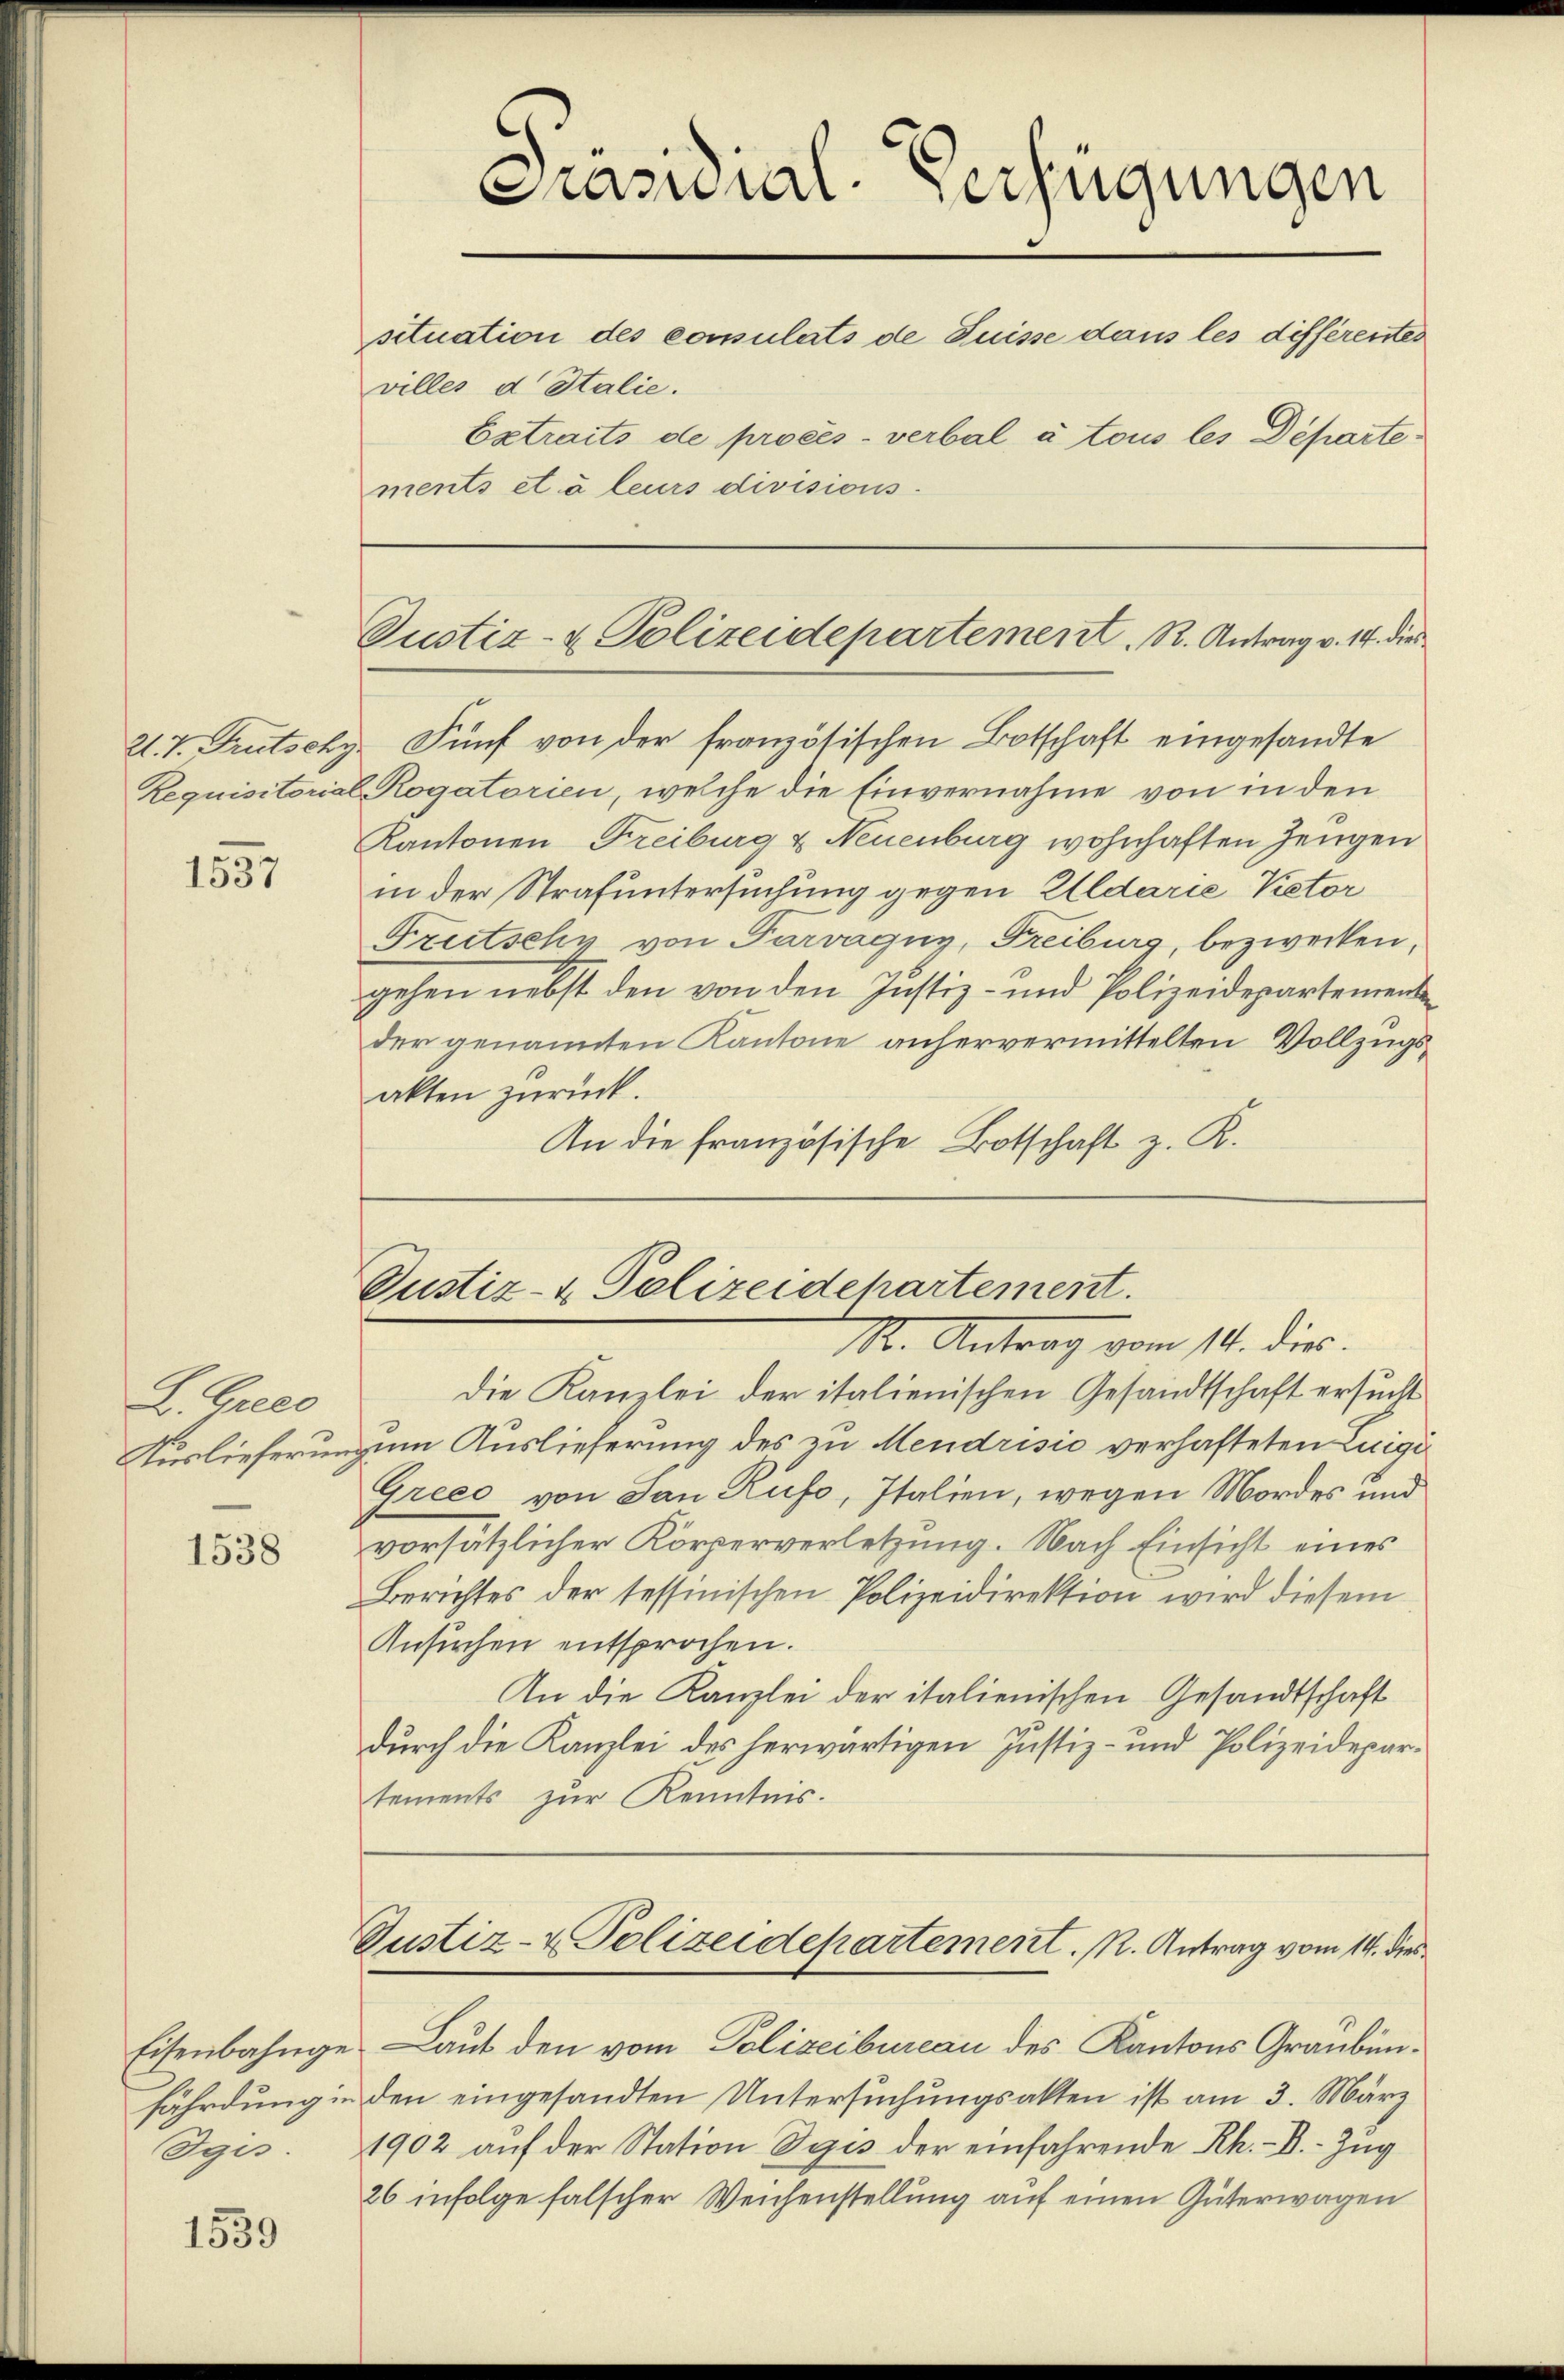
1557

L. Griec
Auslieferung

1538

Oges.

1539

Prasuial. Verfügungen
situation des consulats de Puisse dans les différentes
villes d. Stalie.
Betraits de procès-verbal à tous les Departements et à leurs divisions-

2. 7. Frutschy Fünf von der französischen Botschaft eingesandte
Requisitorial Rogatorien, welche die Einvernahme von in den
Kantonen Freiburg & Neuenburg wohnhaften Zeugen
in der Strafuntersuchung gegen Aldarie Vetor
Frutschy von Parvagny, Freiburg, bezwecken,
gehen nebst den von den Justiz- und Polizeidepartemente
der genannten Kantone anhervermittelten Vollzugsakten zurück.
An die französische Botschaft z. K.

Die Kanzlei der italienischen Gesandtschaft ersucht
zum Auslieferung des zu Mendrisie verhafteten Luigi
Greeo von San Rufo, Italien, wegen Mordes und
vorsätzlicher Körperverletzung. Nach Einsicht eines
Berichtes der tessinischen Polizeidirektion wird diesem
Ansuchen entsprochen.
An die Kanzlei der italienischen Gesandtschaft
durch die Kanzlei des herwärtigen Justiz- und Polizeidepartements zur Kenntnis.

Justiz- & Polizeidepartement. R. Antrag v. 14. die

Justiz- & Polizeidepartement.
M. Antrag vom 14. die

Justiz- & Polizeidepartement. R. Antrag vom 14. dies

Eisenbahnge Laut den vom Polizeibureau des Kantons Graubünfährdung in den eingesandten Untersuchungsakten ist am 3. März
1902 auf der Station Seis der einfahrende Rh. - V.- Zug
26 infolge falscher Weichenstellung auf einen Güterwagen